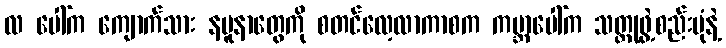
လ ပေါ်က ကျောက်သား နမူနာတွေကို စတင်လေ့လာကာစက ကမ္ဘာပေါ်က သတ္တုဖွဲ့စည်းပုံနဲ့